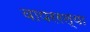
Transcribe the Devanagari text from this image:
वापररल्या